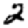
Digit: 2